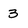
Character: 3